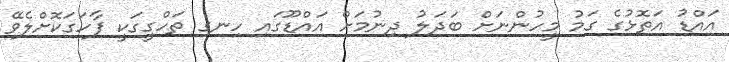
އައްޑު އަތޮޅުގެ ގަމު މީހުންނަށް ބަދަލު ދިނުމަށް އައްޑޫގައި ހިނގި ތަހްގީގަކީ ފާހަގަކޮށްލެވޭ